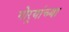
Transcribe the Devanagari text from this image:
गोर्‍यांच्या